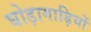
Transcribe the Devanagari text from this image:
घोड़ागाड़ियों